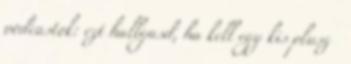
podcastok: ezt hallgasd, ha kell egy kis plusz